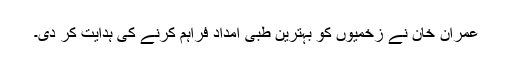
عمران خان نے زخمیوں کو بہترین طبی امداد فراہم کرنے کی ہدایت کر دی۔